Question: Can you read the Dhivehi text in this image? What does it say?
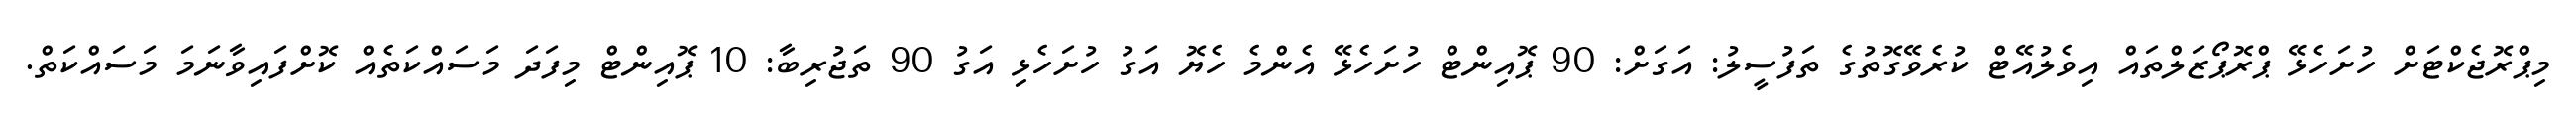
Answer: މިޕްރޮޖެކްޓަށް ހުށަހެޅޭ ޕްރޮޕޯޒަލްތައް އިވެލުއޭޓް ކުރެވޭގޮތުގެ ތަފުސީލު: އަގަށް: 90 ޕޮއިންޓް ހުށަހެޅޭ އެންމެ ހެޔޮ އަގު ހުށަހެޅި އަގު 90 ތަޖުރިބާ: 10 ޕޮއިންޓް މިފަދަ މަސައްކަތެއް ކޮށްފައިވާނަމަ މަސައްކަތް.